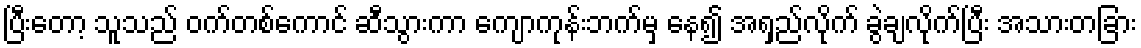
ပြီးတော့ သူသည် ဝက်တစ်ကောင် ဆီသွားကာ ကျောကုန်းဘက်မှ နေ၍ အရှည်လိုက် ခွဲချလိုက်ပြီး အသားတခြား